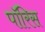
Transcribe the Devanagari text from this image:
पॉरिस